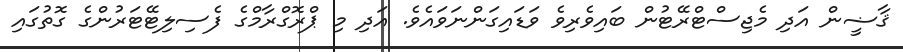
ޤާޟީން އަދި މެޖިސްޓްރޭޓުން ބައިވެރިވެ ވަޑައިގަންނަވައެވެ. އަދި މި ޕްރޮގްރާމްގެ ފެސިލިޓޭޓަރުންގެ ގޮތުގައި